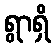
ရွာရှိ